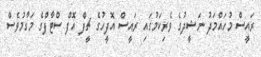
ރައީސް މުހައްމަދު ނަޝީދުގެ ވެރިކަމުގައި ރައީސް އޮފީހުގެ ޗީފް އޮފް ސްޓާފްގެ މަގާމުވެސް